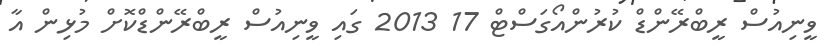
ވީނިއުސް ރީބްރޭންޑް ކުރުންއޯގަސްޓް 17 2013 ގައި ވީނިއުސް ރީބްރޭންޑްކޮށް މުޅިން އާ